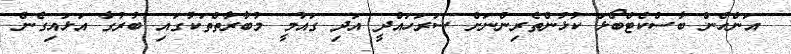
އަންހެން ބާސްކެޓްބޯޅަ ކުޅުންތެރިންނަށް ސަރަހައްދީ އަދި ގައުމީ މުބާރާތްތަކުގައި ބުރުގާ އަޅައިގެން